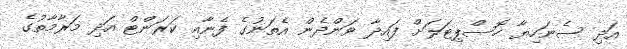
އަދި ސެނަހިޔާ ހޮސްޕިޓަލަށް ފައިދާ ވަންދެން އެތަނުގެ ފެނާއި ކަރަންޓް އަދި މަރާމާތުގެ